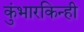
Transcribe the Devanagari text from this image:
कुंभारकिन्ही